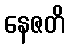
နေဇတိ